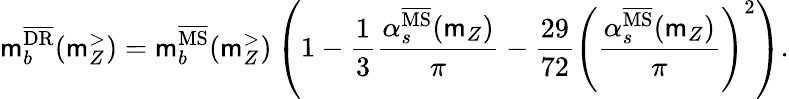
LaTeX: \mathsf{m}_{b}^{\overline{{{\mathrm{{DR}}}}}}(\mathsf{m}_{Z}^{>})=\mathsf{m}_{b}^{\overline{{{\mathrm{{MS}}}}}}(\mathsf{m}_{Z}^{>})\left(1-\frac{{1}}{{3}}\frac{{\alpha_{s}^{\overline{{{\mathrm{{MS}}}}}}(\mathsf{m}_{Z})}}{{\pi}}-\frac{{29}}{{72}}\left(\frac{{\alpha_{s}^{\overline{{{\mathrm{{MS}}}}}}(\mathsf{m}_{Z})}}{{\pi}}\right)^{2}\right).